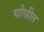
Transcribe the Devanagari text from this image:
चौथीत